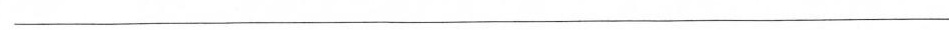
___